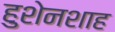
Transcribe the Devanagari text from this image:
हुशेनशाह